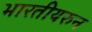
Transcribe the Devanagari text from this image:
भारतीयरुन